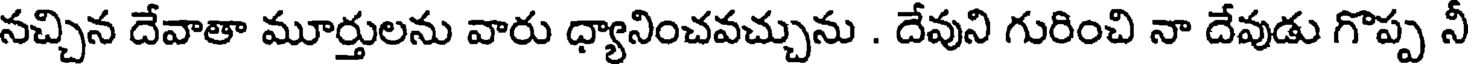
నచ్చిన దేవాతా మూర్తులను వారు ధ్యానించవచ్చును . దేవుని గురించి నా దేవుడు గొప్ప నీ